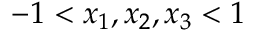
- 1 < x _ { 1 } , x _ { 2 } , x _ { 3 } < 1